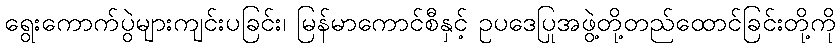
ရွေးကောက်ပွဲများကျင်းပခြင်း၊ မြန်မာကောင်စီနှင့် ဥပဒေပြုအဖွဲ့တို့တည်ထောင်ခြင်းတို့ကို